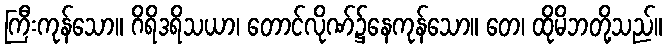
ကြီးကုန်သော။ ဂိရိဒရိသယာ၊ တောင်လိုဏ်၌နေကုန်သော။ တေ၊ ထိုမိဘတို့သည်။